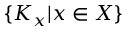
\{ K _ { x } | x \in X \}